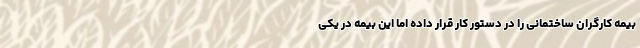
بیمه کارگران ساختمانی را در دستور کار قرار داده اما این بیمه در یکی